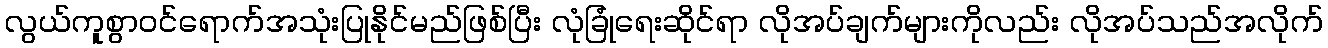
လွယ်ကူစွာ၀င်ရောက်အသုံးပြုနိုင်မည်ဖြစ်ပြီး လုံခြုံရေးဆိုင်ရာ လိုအပ်ချက်များကိုလည်း လိုအပ်သည်အလိုက်